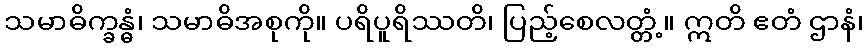
သမာဓိက္ခန္ဓံ၊ သမာဓိအစုကို။ ပရိပူရိဿတိ၊ ပြည့်စေလတ္တံ့။ ဣတိ ဧတံ ဌာနံ၊